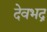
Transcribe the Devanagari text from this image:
देवभद्र